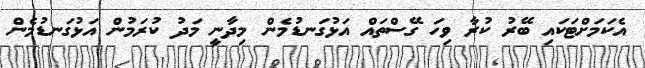
އެކަމަށްޓަކައި ބޭރު ކުރާ ވިހަ ގޭސްތައް އަޅުގަނޑުމެން މިދާނީ މަދު ކުރަމުން އަޅުގަނޑުމެން